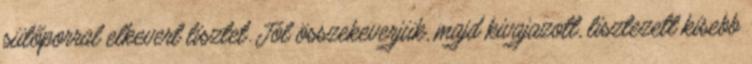
sütőporral elkevert lisztet. Jól összekeverjük, majd kivajazott, lisztezett kisebb